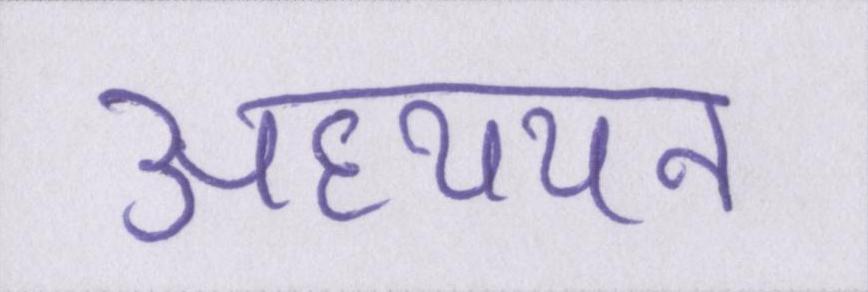
अध्ययन